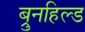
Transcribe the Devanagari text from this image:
ब्रुनहिल्ड